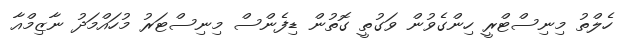
ހެލްތު މިނިސްޓްރީ ހިންގެވުން ވަގުތީ ގޮތުން ޑިފެންސް މިނިސްޓަރު މުހައްމަދު ނާޒިމްއާ